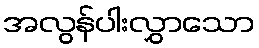
အလွန်ပါးလွှာသော